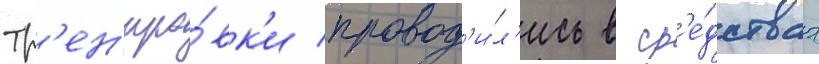
Тр'ен'иро́вк'и провод'и́л'ись в ср'е́дствах